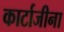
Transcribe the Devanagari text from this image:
कार्टाजीना